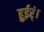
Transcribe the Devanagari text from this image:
हुईर्ं।